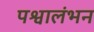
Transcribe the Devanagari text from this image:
पश्वालंभन